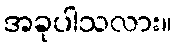
အခုပါသလား။